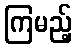
ကြမည့်